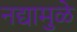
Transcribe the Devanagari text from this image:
नद्यामुळे